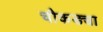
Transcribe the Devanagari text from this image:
चौकड्या